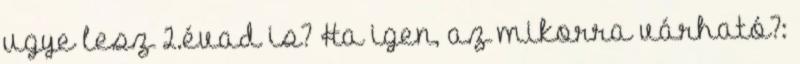
ugye lesz 2.évad is? Ha igen, az mikorra várható?: